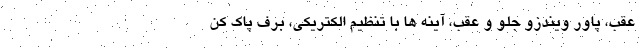
عقب، پاور ویندزو جلو و عقب، آینه ها با تنظیم الکتریکی، برف پاک کن